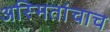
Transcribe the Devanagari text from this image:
अस्मितांचाच